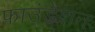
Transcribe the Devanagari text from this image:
फाउंडे्शन